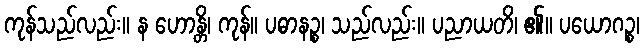
ကုန်သည်လည်း။ န ဟောန္တိ၊ ကုန်။ ပဓာနဉ္စ၊ သည်လည်း။ ပညာယတိ၊ ၏။ ပယောဂဉ္စ၊